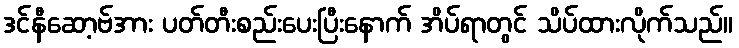
ဒင်နီဆော့ဗ်အား ပတ်တီးစည်းပေးပြီးနောက် အိပ်ရာတွင် သိပ်ထားလိုက်သည်။